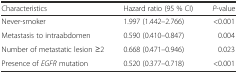
<table><thead><tr><td><b>Characteristics</b></td><td><b>Hazard ratio (95 % CI)</b></td><td><b><i>P</i>-value</b></td></tr></thead><tbody><tr><td>Never-smoker</td><td>1.997 (1.442–2.766)</td><td>&lt;0.001</td></tr><tr><td>Metastasis to intraabdomen</td><td>0.590 (0.410–0.847)</td><td>0.004</td></tr><tr><td>Number of metastatic lesion ≥2</td><td>0.668 (0.471–0.946)</td><td>0.023</td></tr><tr><td>Presence of <i>EGFR</i> mutation</td><td>0.520 (0.377–0.718)</td><td>&lt;0.001</td></tr></tbody></table>